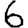
Digit: 6